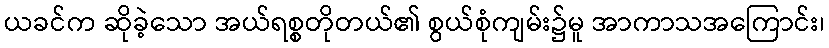
ယခင်က ဆိုခဲ့သော အယ်ရစ္စတိုတယ်၏ စွယ်စုံကျမ်း၌မူ အာကာသအကြောင်း၊